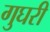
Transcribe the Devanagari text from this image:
गुघरी